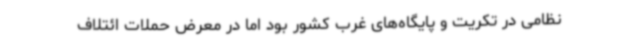
نظامی در تکریت و پایگاه‌های غرب کشور بود اما در معرض حملات ائتلاف